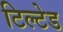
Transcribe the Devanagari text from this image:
टिल्‍टेड